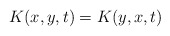
\begin{align*}K(x,y,t)=K(y,x,t)\end{align*}